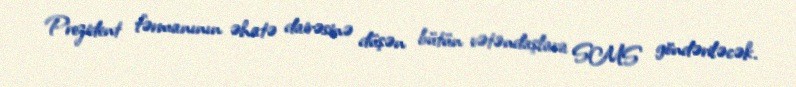
Prezident fərmanının əhatə dairəsinə düşən bütün vətəndaşlara SMS göndəriləcək.